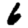
Digit: 6